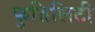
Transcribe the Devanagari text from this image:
फुतिलिटी